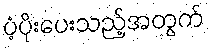
ပံ့ပိုးပေးသည့်အတွက်